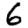
Digit: 6